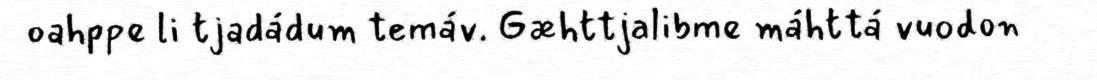
oahppe li tjadádum temáv. Gæhttjalibme máhttá vuodon